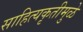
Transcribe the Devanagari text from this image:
साहित्यकृतीमुळे